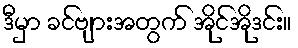
ဒီမှာ ခင်ဗျားအတွက် အိုင်အိုဒင်း။